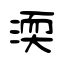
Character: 渜